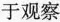
于观察